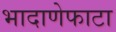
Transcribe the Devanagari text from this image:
भादाणेफाटा